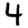
Digit: 4